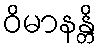
ဝိမာနန္တိ